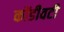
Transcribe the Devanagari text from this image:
कोंडीवटी